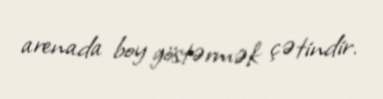
arenada boy göstərmək çətindir.